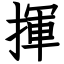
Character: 揮